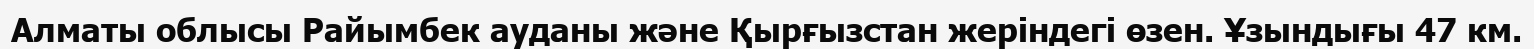
Алматы облысы Райымбек ауданы және Қырғызстан жеріндегі өзен. Ұзындығы 47 км.